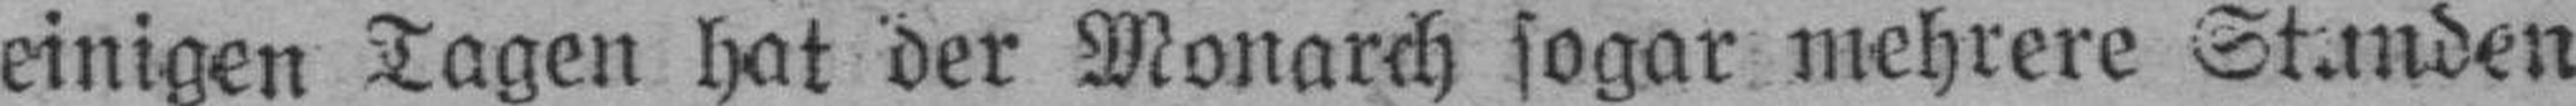
einigen Tagen hat der Monarch sogar mehrere Stunden